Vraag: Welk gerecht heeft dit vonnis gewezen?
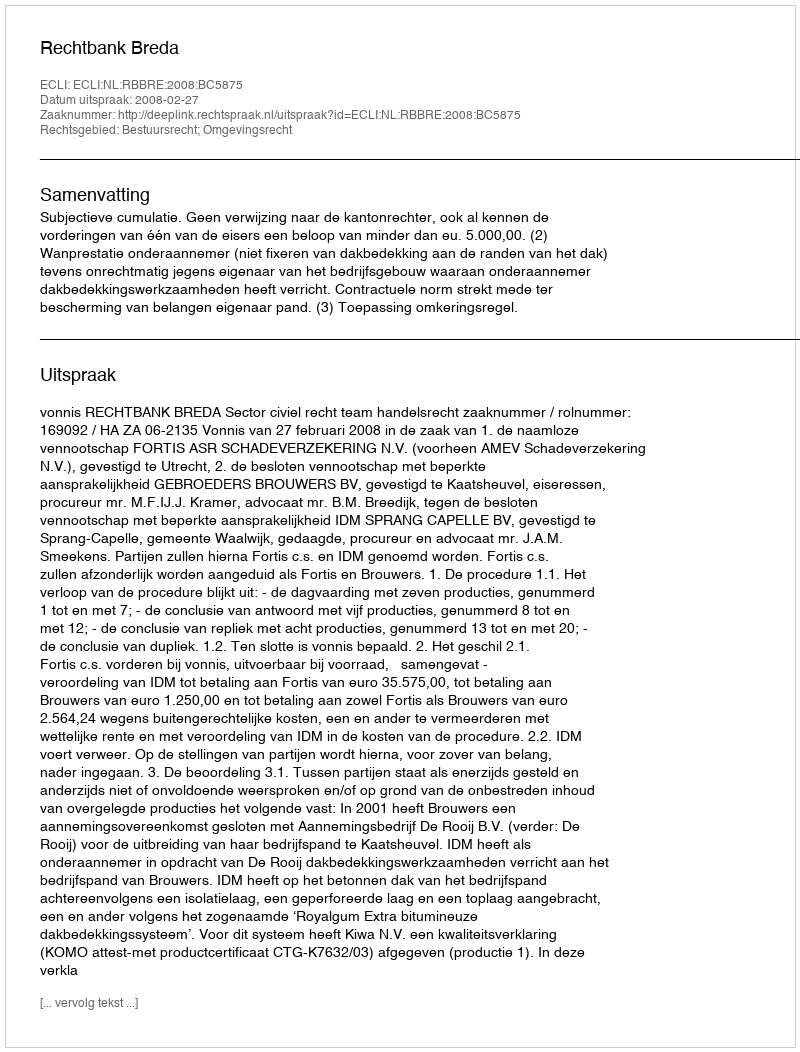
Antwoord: Rechtbank Breda